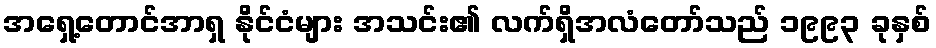
အရှေ့တောင်အာရှ နိုင်ငံများ အသင်း၏ လက်ရှိအလံတော်သည် ၁၉၉၃ ခုနှစ်